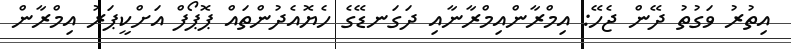
އިތުރު ވަގުތު ދޭން ޖެހޭ: އިމްރާންއިމްރާނާއި ދަގަނޑޭގެ ހެޔޮއެދުންތައް ޕޮޕޯފް އަށްކީޕަރު އިމްރާން